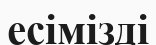
есімізді